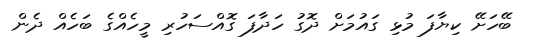
ބޭހަށޭ ކިޔާފަ މުޅި ގައުމަށް ދޮގު ހަދާފަ ގޮއްސަހުރި މީހެއްގެ ބަހެއް ދެން